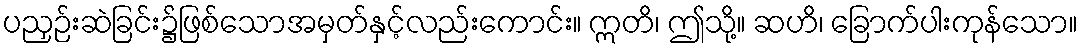
ပညှဉ်းဆဲခြင်း၌ဖြစ်သောအမှတ်နှင့်လည်းကောင်း။ ဣတိ၊ ဤသို့။ ဆဟိ၊ ခြောက်ပါးကုန်သော။